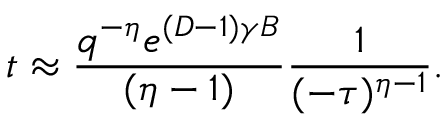
t \approx \frac { q ^ { - \eta } e ^ { ( D - 1 ) \gamma B } } { ( \eta - 1 ) } \frac { 1 } { ( - \tau ) ^ { \eta - 1 } } .